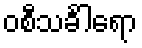
ဝစီသင်္ခါရော